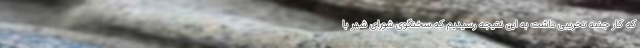
که کار جنبه تخریبی داشت به این نتیجه رسیدیم که سخنگوی شورای شهر با